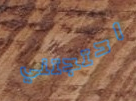
احتجتني